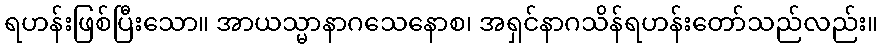
ရဟန်းဖြစ်ပြီးသော။ အာယသ္မာနာဂသေနောစ၊ အရှင်နာဂသိန်ရဟန်းတော်သည်လည်း။